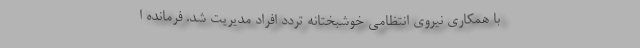
با همکاری نیروی انتظامی خوشبختانه تردد افراد مدیریت شد. فرمانده ا